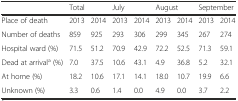
|  | <COLSPAN=2> Total | <COLSPAN=2> July | <COLSPAN=2> August | <COLSPAN=2> September |
 | --- | --- | --- | --- | --- | --- | --- | --- | --- |
 | Place of death | 2013 | 2014 | 2013 | 2014 | 2013 | 2014 | 2013 | 2014 |
 | Number of deaths | 859 | 925 | 293 | 306 | 299 | 345 | 267 | 274 |
 | Hospital ward (%) | 71.5 | 51.2 | 70.9 | 42.9 | 72.2 | 52.5 | 71.3 | 59.1 |
 | Dead at arrivala (%) | 7.0 | 37.5 | 10.6 | 43.1 | 4.9 | 36.8 | 5.2 | 32.1 |
 | At home (%) | 18.2 | 10.6 | 17.1 | 14.1 | 18.0 | 10.7 | 19.9 | 6.6 |
 | Unknown (%) | 3.3 | 0.6 | 1.4 | 0.0 | 4.9 | 0.0 | 3.7 | 2.2 |